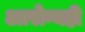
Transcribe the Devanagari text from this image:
आरोग्यही